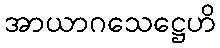
အာယာဂသေဋ္ဌေဟိ